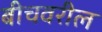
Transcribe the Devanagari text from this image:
बीचवरील